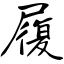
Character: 履